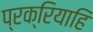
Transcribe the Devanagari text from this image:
प्रक्रियाहि